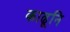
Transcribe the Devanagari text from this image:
काढूनि